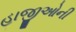
હાજીઓની